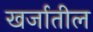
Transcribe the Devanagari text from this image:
खर्जातील